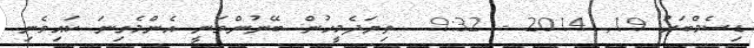
ޑިސެމްބަރު 19